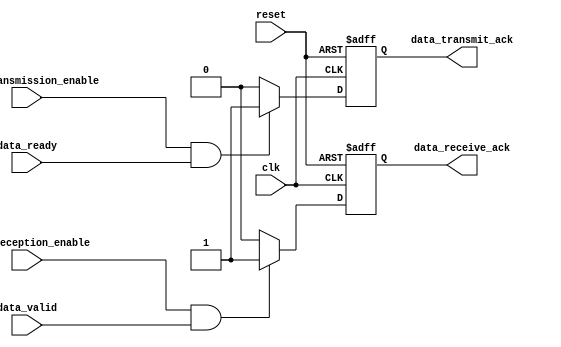
module usb_timing_control_and_sync(
    input wire clk,                           // clock signal
    input wire reset,                         // reset signal
    input wire data_transmission_enable,      // enable signal for data transmission
    input wire data_reception_enable,         // enable signal for data reception
    input wire data_ready,                     // signal indicating that data is ready for transmission
    input wire data_valid,                     // signal indicating that received data is valid
    output wire data_transmit_ack,            // acknowledge signal for data transmission
    output wire data_receive_ack              // acknowledge signal for data reception
);

// Declare internal signals and registers
reg data_transmit_ack_reg;
reg data_receive_ack_reg;

// Timing control and synchronization logic
always @ (posedge clk or posedge reset) begin
    if (reset) begin
        // Reset signals and registers
        data_transmit_ack_reg <= 0;
        data_receive_ack_reg <= 0;
    end else begin
        // Data transmission acknowledgement logic
        if (data_transmission_enable && data_ready) begin
            data_transmit_ack_reg <= 1;
        end else begin
            data_transmit_ack_reg <= 0;
        end
        
        // Data reception acknowledgement logic
        if (data_reception_enable && data_valid) begin
            data_receive_ack_reg <= 1;
        end else begin
            data_receive_ack_reg <= 0;
        end
    end
end

// Assign internal signals to output ports
assign data_transmit_ack = data_transmit_ack_reg;
assign data_receive_ack = data_receive_ack_reg;

endmodule